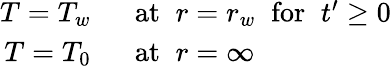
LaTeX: \begin{array}{rl}{T=T_{w}\; \; }&{{}\mathrm{at}\; \; r=r_{w}\; \; \mathrm{for}\; \; t^{\prime}\geq 0}\\ {T=T_{0}\; \; }&{{}\mathrm{at}\; \; r=\infty}\end{array}